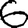
Digit: 6